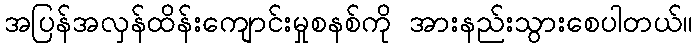
အပြန်အလှန်ထိန်းကျောင်းမှုစနစ်ကို အားနည်းသွားစေပါတယ်။